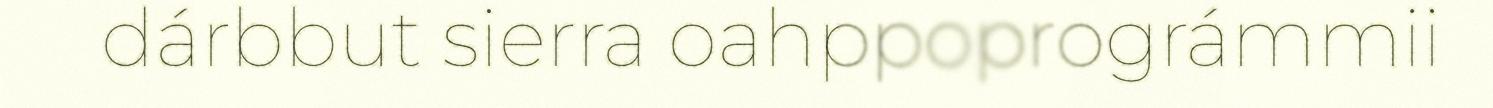
dárbbut sierra oahppoprográmmii